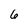
Character: 6